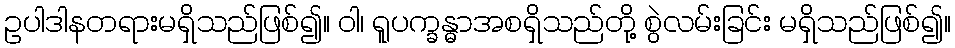
ဥပါဒါနတရားမရှိသည်ဖြစ်၍။ ဝါ၊ ရူပက္ခန္ဓာအစရှိသည်တို့ စွဲလမ်းခြင်း မရှိသည်ဖြစ်၍။